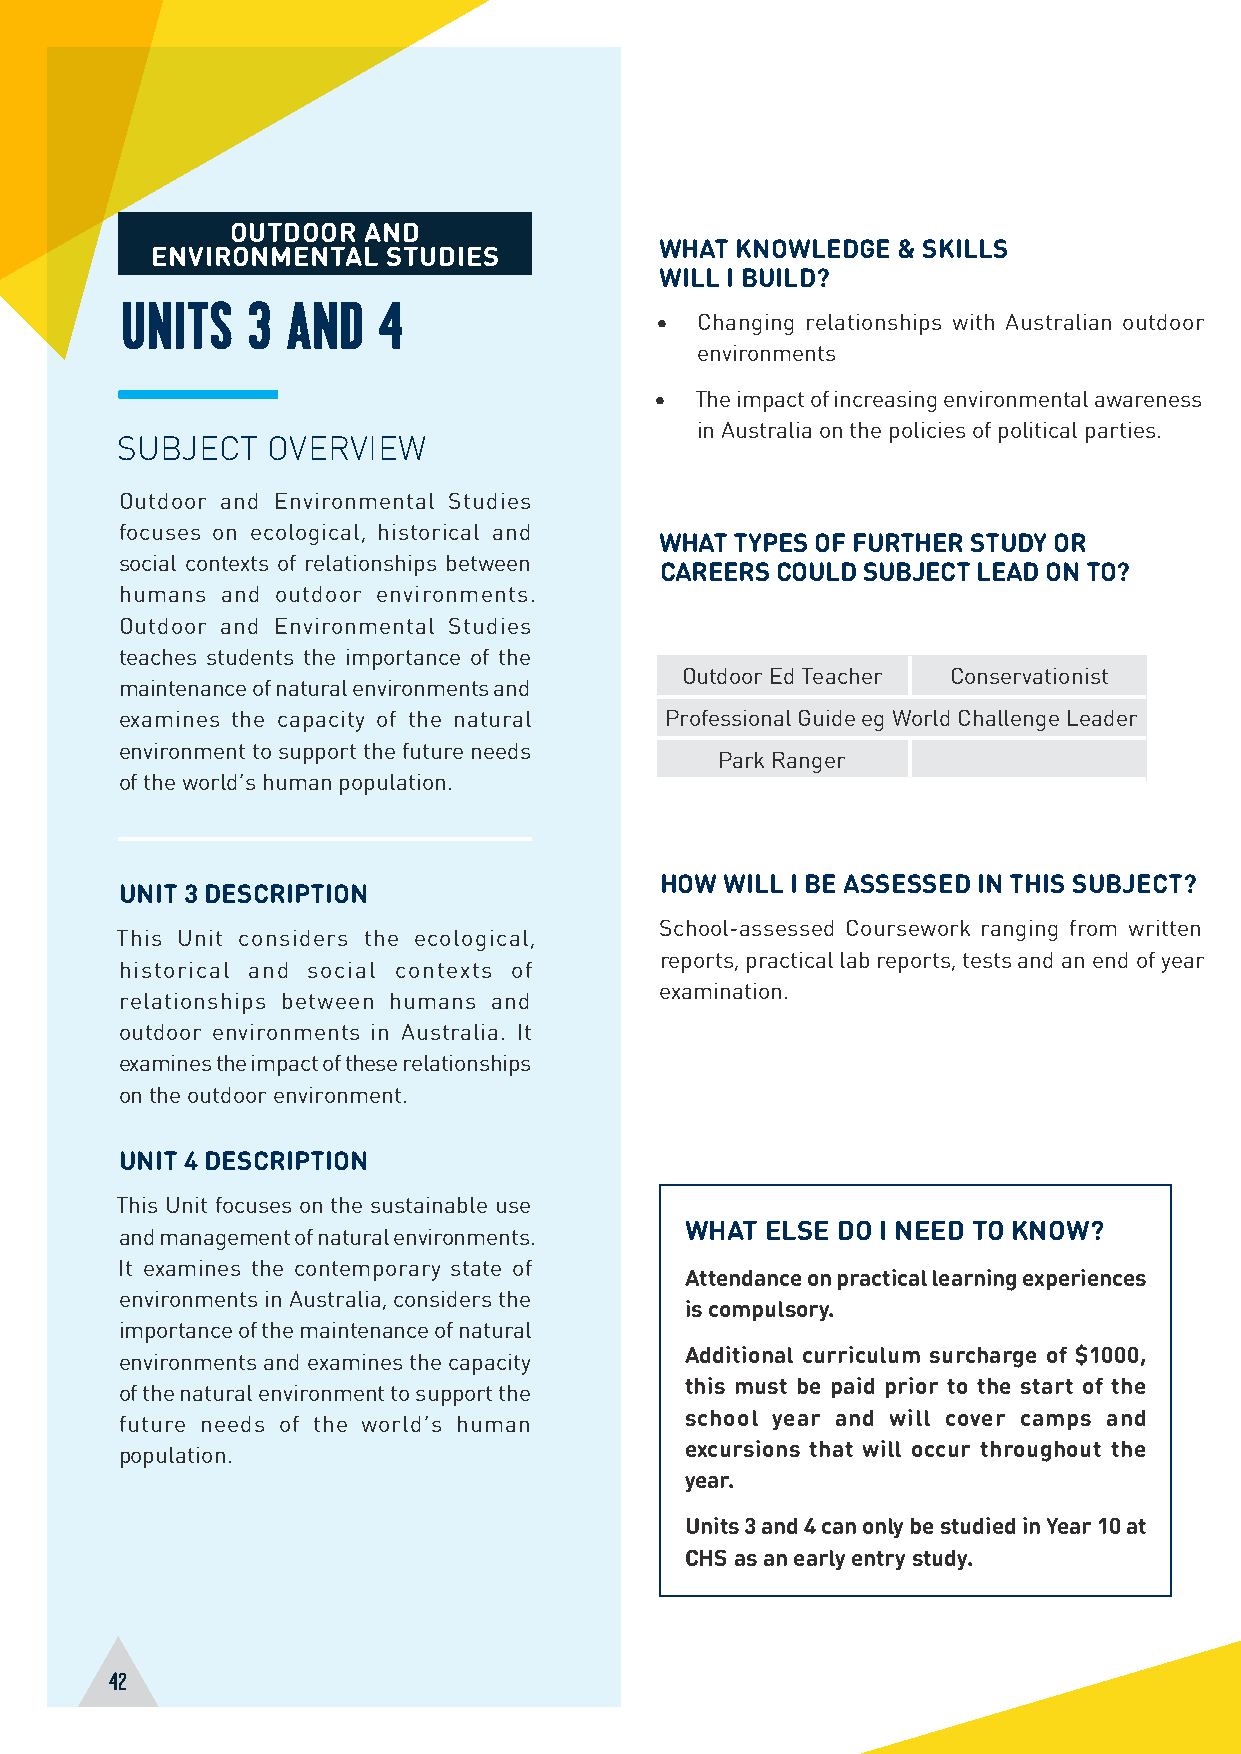
OUTDOOR  AND
 WHAT KNOWLEDGE & SKILLS
 ENVIRONMENTAL   STUDIES
 WILL I BUILD?
 UNITS   3  AND   4
 •  Changing relationships with Australian outdoor
 environments
 •  The impact of increasing environmental awareness
 in Australia on the policies of political parties.
 SUBJECT   OVERVIEW
 Outdoor and Environmental Studies
 focuses on ecological, historical and
 WHAT TYPES OF FURTHER STUDY OR
 social contexts of relationships between
 CAREERS COULD SUBJECT LEAD ON TO?
 humans and outdoor environments.
 Outdoor and Environmental Studies
 teaches students the importance of the
 Outdoor Ed Teacher Conservationist
 maintenance of natural environments and
 examines the capacity of the natural Professional Guide eg World Challenge Leader
 environment to support the future needs
 Park Ranger
 of the world’s human population.
 HOW WILL I BE ASSESSED IN THIS SUBJECT?
 UNIT 3 DESCRIPTION
 School-assessed Coursework ranging from written
 This Unit considers the ecological,
 reports, practical lab reports, tests and an end of year
 historical and social contexts of
 examination.
 relationships between humans and
 outdoor environments in Australia. It
 examines the impact of these relationships
 on the outdoor environment.
 UNIT 4 DESCRIPTION
 This Unit focuses on the sustainable use
 WHAT  ELSE DO I NEED TO KNOW?
 and management of natural environments.
 It examines the contemporary state of
 Attendance on practical learning experiences
 environments in Australia, considers the
 is compulsory.
 importance of the maintenance of natural
 environments and examines the capacity Additional curriculum surcharge of $1000,
 of the natural environment to support the this must be paid prior to the start of the
 future needs of the world’s human    school year and will cover camps and
 population.                          excursions that will occur throughout the
 year.
 Units 3 and 4 can only be studied in Year 10 at
 CHS as an early entry study.
 42